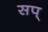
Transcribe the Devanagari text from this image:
सप्